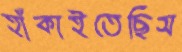
হাঁকাইতেছিস